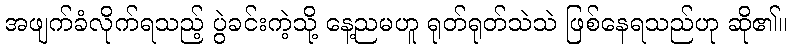
အဖျက်ခံလိုက်ရသည့် ပွဲခင်းကဲ့သို့ နေ့ညမဟူ ရုတ်ရုတ်သဲသဲ ဖြစ်နေရသည်ဟု ဆို၏။